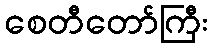
စေတီတော်ကြီး